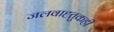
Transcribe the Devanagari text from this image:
जलवाह्तुकही